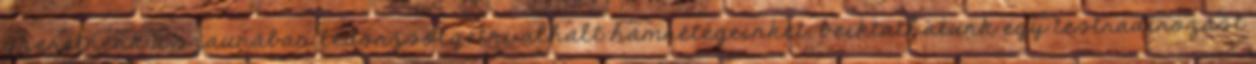
szeretnénk a szaunában ledörzsölgetni alhalt hámrétegeinket, beiktathatunk egy testradírozást